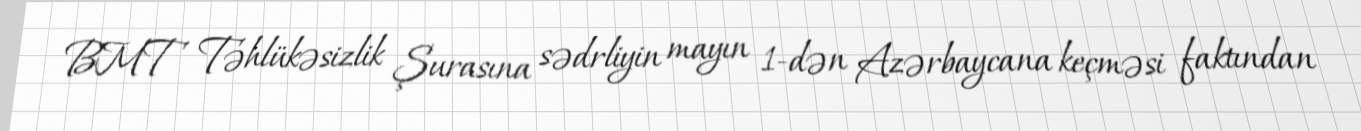
BMT Təhlükəsizlik Şurasına sədrliyin mayın 1-dən Azərbaycana keçməsi faktından